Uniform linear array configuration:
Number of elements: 16
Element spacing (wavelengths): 0.5
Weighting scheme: blackman
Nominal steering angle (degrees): -60
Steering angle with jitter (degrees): -60.211
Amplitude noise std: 0.05
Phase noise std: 0.05

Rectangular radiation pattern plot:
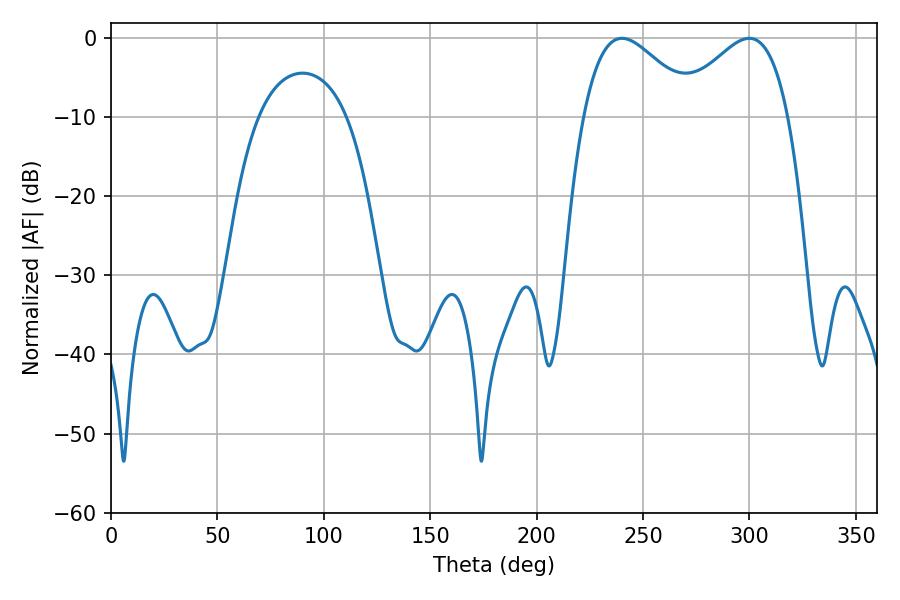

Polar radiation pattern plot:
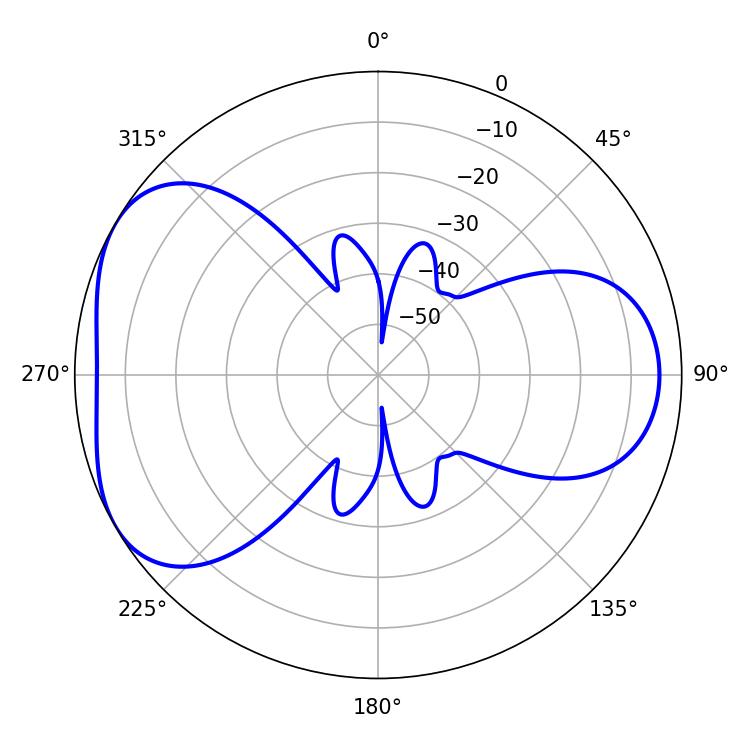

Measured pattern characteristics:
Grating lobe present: FALSE
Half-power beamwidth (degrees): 28.44
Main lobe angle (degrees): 240.12